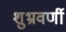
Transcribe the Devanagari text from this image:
शुभ्रवर्णी